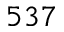
5 3 7